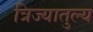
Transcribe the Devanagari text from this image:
त्रिज्यातुल्य